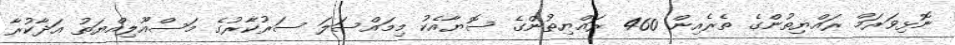
ނޮޅިވަރަމް ރައްޔިތުންގެ ތެރެއިން 460 ރައްޔިތުންގެ ސޮޔާއެކު މިމައްސަލަ ސަރުކާރުގެ މަސްއޫލިއްޔަތު އަދާކުރާ